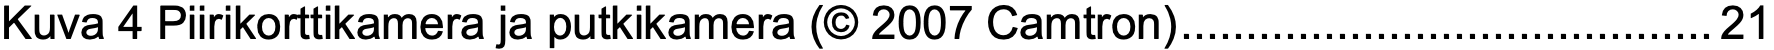
Kuva 4 Piirikorttikamera ja putkikamera (© 2007 Camtron).........................................21